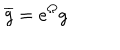
LaTeX: \overline { { { g } } } = e ^ { \Omega } g